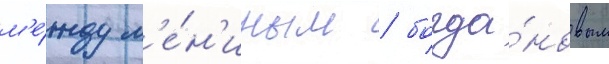
м'е́жду л'е́н'иным / богда́новым